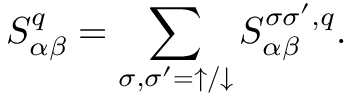
S _ { \alpha \beta } ^ { q } = \sum _ { \sigma , \sigma ^ { \prime } = \uparrow / \downarrow } S _ { \alpha \beta } ^ { \sigma \sigma ^ { \prime } , q } .